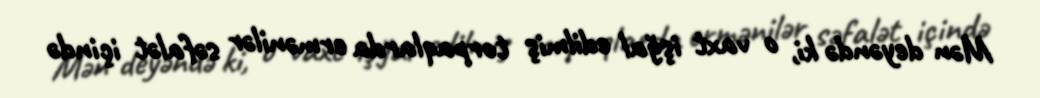
Mən deyəndə ki, o vaxt işğal edilmiş torpaqlarda ermənilər səfalət içində